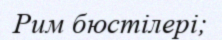
Рим бюстілері;